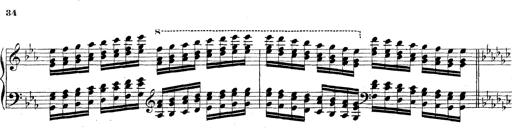
Title: Technische Studien
Composer: Franz Liszt